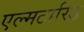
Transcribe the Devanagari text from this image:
एल्मटारिड